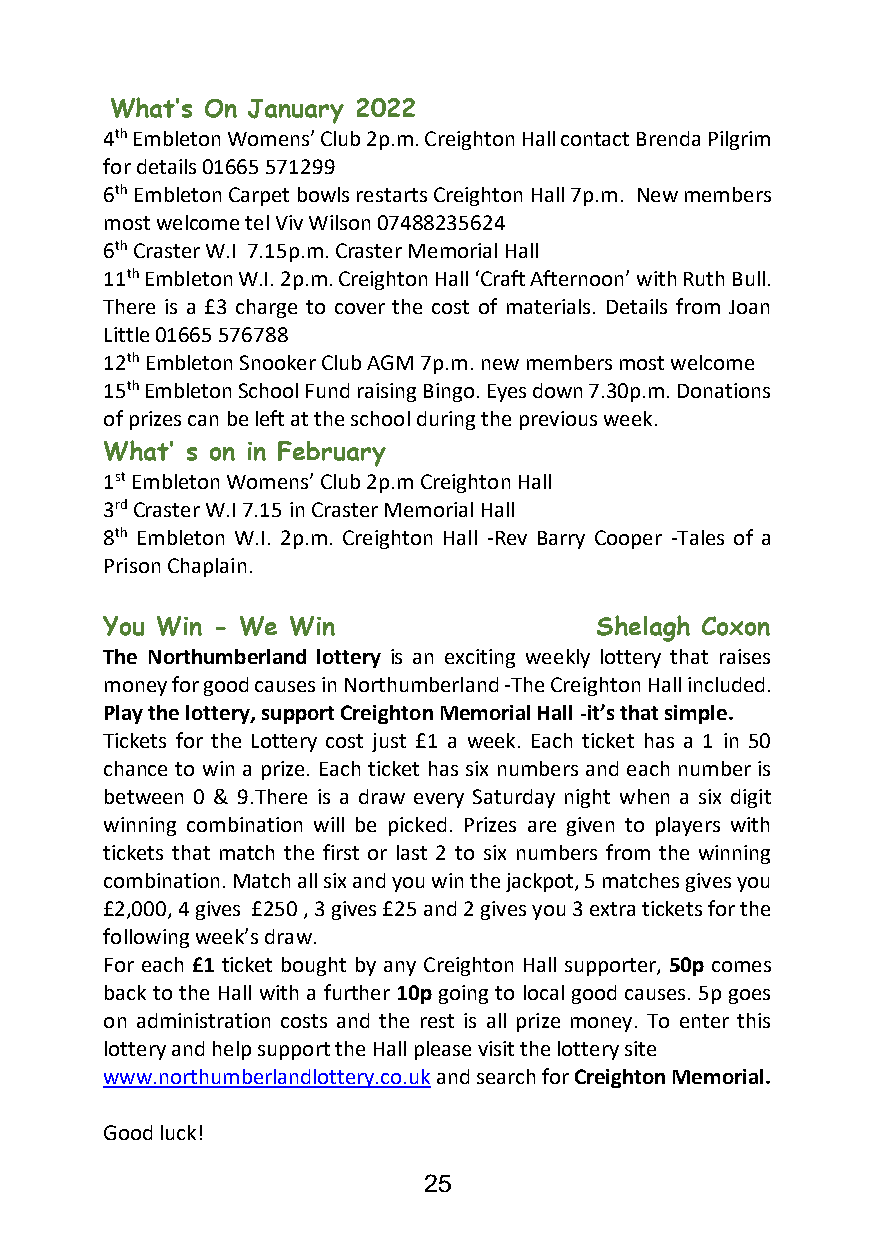
What’s On January 2022
 4th Embleton Womens’ Club 2p.m. Creighton Hall contact Brenda Pilgrim
 for details 01665 571299
 6th Embleton Carpet bowls restarts Creighton Hall 7p.m. New members
 most welcome tel Viv Wilson 07488235624
 6th Craster W.I 7.15p.m. Craster Memorial Hall
 11th Embleton W.I. 2p.m. Creighton Hall ‘Craft Afternoon’ with Ruth Bull.
 There is a £3 charge to cover the cost of materials. Details from Joan
 Little 01665 576788
 12th Embleton Snooker Club AGM 7p.m. new members most welcome
 15th Embleton School Fund raising Bingo. Eyes down 7.30p.m. Donations
 of prizes can be left at the school during the previous week.
 What’ s on in February
 1st Embleton Womens’ Club 2p.m Creighton Hall
 3rd Craster W.I 7.15 in Craster Memorial Hall
 8th Embleton W.I. 2p.m. Creighton Hall -Rev Barry Cooper -Tales of a
 Prison Chaplain.
 You Win - We Win                Shelagh Coxon
 The Northumberland lottery is an exciting weekly lottery that raises
 money for good causes in Northumberland -The Creighton Hall included.
 Play the lottery, support Creighton Memorial Hall -it’s that simple.
 Tickets for the Lottery cost just £1 a week. Each ticket has a 1 in 50
 chance to win a prize. Each ticket has six numbers and each number is
 between 0 & 9.There is a draw every Saturday night when a six digit
 winning combination will be picked. Prizes are given to players with
 tickets that match the first or last 2 to six numbers from the winning
 combination. Match all six and you win the jackpot, 5 matches gives you
 £2,000, 4 gives £250 , 3 gives £25 and 2 gives you 3 extra tickets for the
 following week’s draw.
 For each £1 ticket bought by any Creighton Hall supporter, 50p comes
 back to the Hall with a further 10p going to local good causes. 5p goes
 on administration costs and the rest is all prize money. To enter this
 lottery and help support the Hall please visit the lottery site
 www.northumberlandlottery.co.uk and search for Creighton Memorial.
 Good luck!
 25